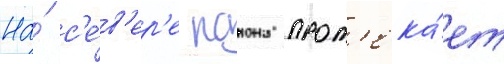
На́ с'е́в'ер'е раиона прот'ека́ет